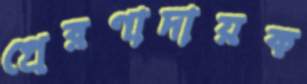
প্রেরণাদায়ক